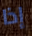
إذا